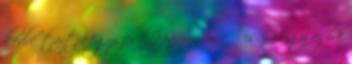
kedve tartja.egyszer koppanjon már ő is. amúgy az író